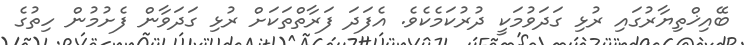
ބޭއިޚްތިޔާރުގައި ރުޅި ގަދަވުމަކީ ދުރުކަމެކެވެ. އެފަދަ ފަރާތްތަކަށް ރުޅި ގަދަވާން ފެށުމުން ހިތުގެ